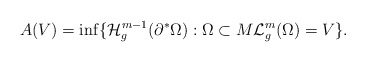
\begin{align*}A(V) = \inf \{ \mathcal{H}^{m-1}_g (\partial^* \Omega) : \Omega \subset M \mathcal{L}^m_g ( \Omega) = V\}.\end{align*}